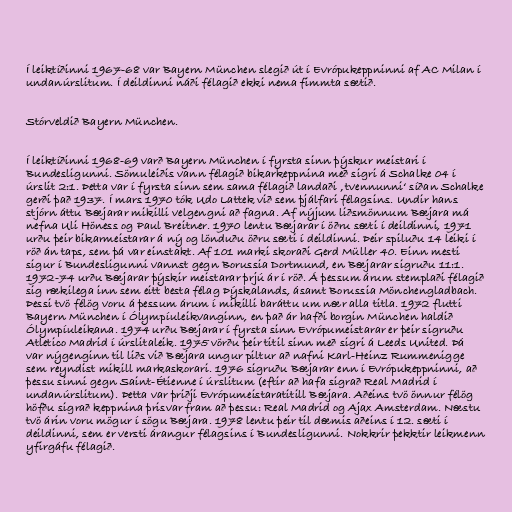
Í leiktíðinni 1967-68 var Bayern München slegið út í Evrópukeppninni af AC Milan í
undanúrslitum. Í deildinni náði félagið ekki nema fimmta sætið.

Stórveldið Bayern München.

Í leiktíðinni 1968-69 varð Bayern München í fyrsta sinn þýskur meistari í
Bundesligunni. Sömuleiðis vann félagið bikarkeppnina með sigri á Schalke 04 í
úrslit 2:1. Þetta var í fyrsta sinn sem sama félagið landaði ‚tvennunni‘ síðan Schalke
gerði það 1937. Í mars 1970 tók Udo Lattek við sem þjálfari félagsins. Undir hans
stjórn áttu Bæjarar mikilli velgengni að fagna. Af nýjum liðsmönnum Bæjara má
nefna Uli Höness og Paul Breitner. 1970 lentu Bæjarar í öðru sæti í deildinni, 1971
urðu þeir bikarmeistarar á ný og lönduðu öðru sæti í deildinni. Þeir spiluðu 14 leiki í
röð án taps, sem þá var einstakt. Af 101 marki skoraði Gerd Müller 40. Einn mesti
sigur í Bundesligunni vannst gegn Borussia Dortmund, en Bæjarar sigruðu 11:1.
1972-74 urðu Bæjarar þýskir meistarar þrjú ár í röð. Á þessum árum stemplaði félagið
sig rækilega inn sem eitt besta félag Þýskalands, ásamt Borussia Mönchengladbach.
Þessi tvö félög voru á þessum árum í mikilli baráttu um nær alla titla. 1972 flutti
Bayern München í Ólympíuleikvanginn, en það ár hafði borgin München haldið
Ólympíuleikana. 1974 urðu Bæjarar í fyrsta sinn Evrópumeistarar er þeir sigruðu
Atletico Madrid í úrslitaleik. 1975 vörðu þeir titil sinn með sigri á Leeds United. Þá
var nýgenginn til liðs við Bæjara ungur piltur að nafni Karl-Heinz Rummenigge
sem reyndist mikill markaskorari. 1976 sigruðu Bæjarar enn í Evrópukeppninni, að
þessu sinni gegn Saint-Étienne í úrslitum (eftir að hafa sigrað Real Madrid í
undanúrslitum). Þetta var þriðji Evrópumeistaratitill Bæjara. Aðeins tvö önnur félög
höfðu sigrað keppnina þrisvar fram að þessu: Real Madrid og Ajax Amsterdam. Næstu
tvö árin voru mögur í sögu Bæjara. 1978 lentu þeir til dæmis aðeins í 12. sæti í
deildinni, sem er versti árangur félagsins í Bundesligunni. Nokkrir þekktir leikmenn
yfirgáfu félagið.